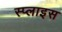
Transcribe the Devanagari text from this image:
स्प्लाइस